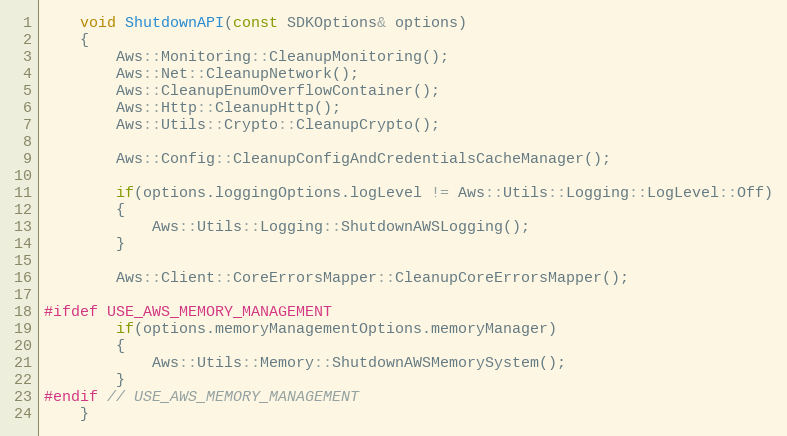
Language: C++
    void ShutdownAPI(const SDKOptions& options)
    {
        Aws::Monitoring::CleanupMonitoring();
        Aws::Net::CleanupNetwork();
        Aws::CleanupEnumOverflowContainer();
        Aws::Http::CleanupHttp();
        Aws::Utils::Crypto::CleanupCrypto();

        Aws::Config::CleanupConfigAndCredentialsCacheManager();

        if(options.loggingOptions.logLevel != Aws::Utils::Logging::LogLevel::Off)
        {
            Aws::Utils::Logging::ShutdownAWSLogging();
        }

        Aws::Client::CoreErrorsMapper::CleanupCoreErrorsMapper();

#ifdef USE_AWS_MEMORY_MANAGEMENT
        if(options.memoryManagementOptions.memoryManager)
        {
            Aws::Utils::Memory::ShutdownAWSMemorySystem();
        }
#endif // USE_AWS_MEMORY_MANAGEMENT
    }